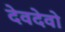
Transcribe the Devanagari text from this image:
देवदेवो